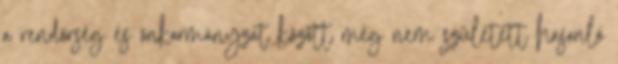
a rendőrség és önkormányzat között még nem született hasonló